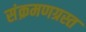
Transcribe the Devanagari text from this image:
संक्रमणग्रस्त